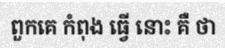
ពួកគេ កំពុង ធ្វើ នោះ គឺ ថា